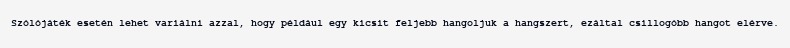
Szólójáték esetén lehet variálni azzal, hogy például egy kicsit feljebb hangoljuk a hangszert, ezáltal csillogóbb hangot elérve.